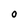
Character: O